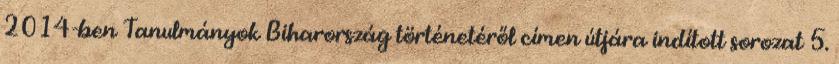
2014-ben Tanulmányok Biharország történetéről címen útjára indított sorozat 5.